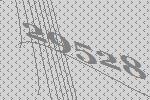
29528